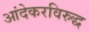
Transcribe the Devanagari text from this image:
आंदेकरविरुद्ध